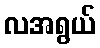
လအရွယ်